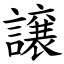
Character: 譲